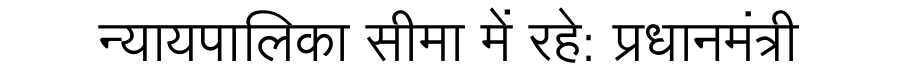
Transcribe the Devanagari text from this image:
न्यायपालिका सीमा में रहे: प्रधानमंत्री